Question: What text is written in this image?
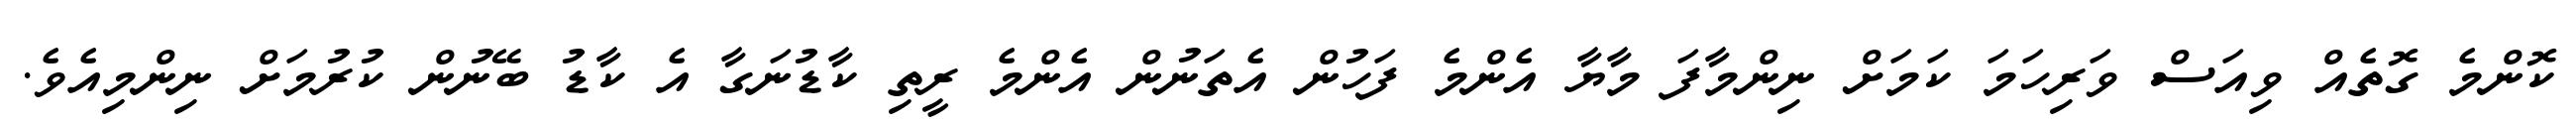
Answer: ކޮންމެ ގޮތެއް ވިއަސް ވަރިހަމަ ކަމަށް ނިންމާފަ މާޔާ އެންމެ ފަހުން އެތަނުން އެންމެ ރީތި ކާޑުނަގާ އެ ކާޑު ބޭނުން ކުރުމަށް ނިންމިއެވެ.